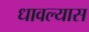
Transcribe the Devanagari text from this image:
धावल्यास